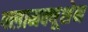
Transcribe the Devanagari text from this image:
फ्लामक्यूशेन